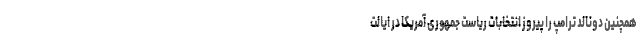
همچنین دونالد ترامپ را پیروز انتخابات ریاست جمهوری آمریکا در ایالت